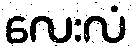
လေးလံ